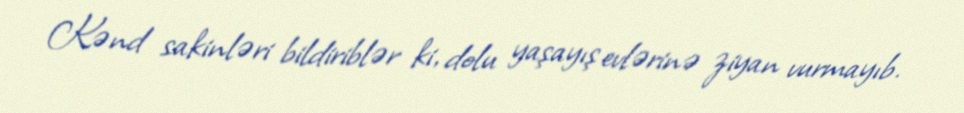
Kənd sakinləri bildiriblər ki, dolu yaşayış evlərinə ziyan vurmayıb.